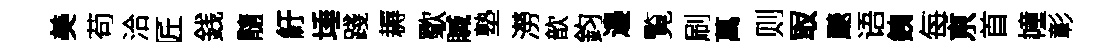
美苟洽匠銭髓紆埵踐耨歜贓塾澇歆鈞邉覧刷萬则冣颷语銕每亰首幢彰